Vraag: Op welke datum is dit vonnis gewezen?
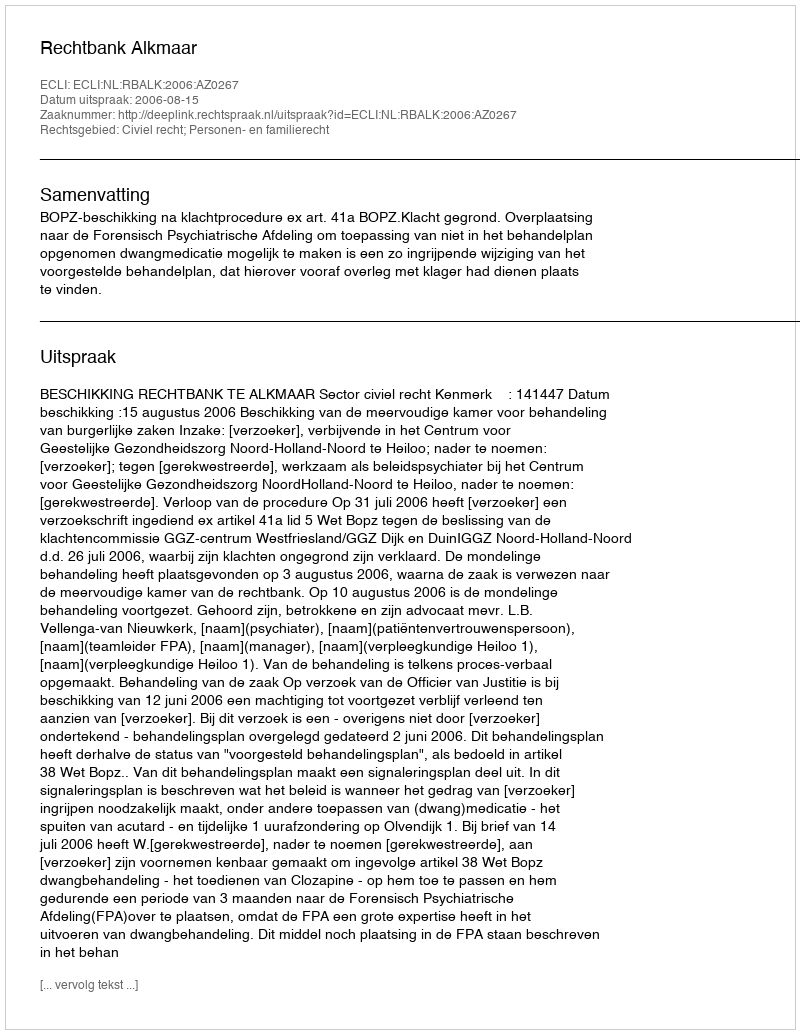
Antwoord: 2006-08-15